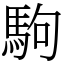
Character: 駒